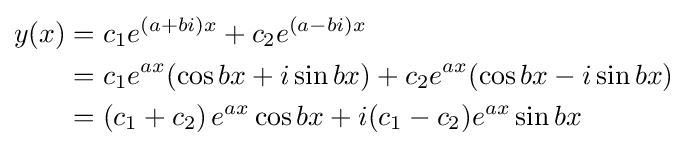
{\begin{aligned}y(x)&=c_{1}e^{(a+bi)x}+c_{2}e^{(a-bi)x}\\&=c_{1}e^{ax}(\cos bx+i\sin bx)+c_{2}e^{ax}(\cos bx-i\sin bx)\\&=\left(c_{1}+c_{2}\right)e^{ax}\cos bx+i(c_{1}-c_{2})e^{ax}\sin bx\end{aligned}}